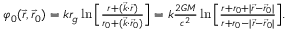
\begin{array} { r } { \varphi _ { 0 } ( \vec { r } , \vec { r } _ { 0 } ) = k r _ { g } \ln \Big [ \frac { r + ( \vec { k } \cdot \vec { r } ) } { r _ { 0 } + ( \vec { k } \cdot \vec { r } _ { 0 } ) } \Big ] = k \frac { 2 G M } { c ^ { 2 } } \ln \Big [ \frac { r + r _ { 0 } + | { \vec { r } } - { \vec { r } } _ { 0 } | } { r + r _ { 0 } - | { \vec { r } } - { \vec { r } } _ { 0 } | } \Big ] . } \end{array}